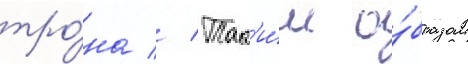
тро́на // Так'и́м о́бразом